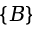
\{ B \}